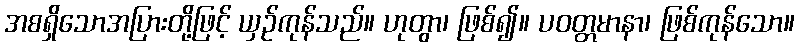
အစရှိသောအပြားတို့ဖြင့် ယှဉ်ကုန်သည်။ ဟုတွာ၊ ဖြစ်၍။ ပဝတ္တမာနာ၊ ဖြစ်ကုန်သော။